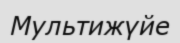
Мультижүйе